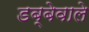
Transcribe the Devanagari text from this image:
डब्बेवाले